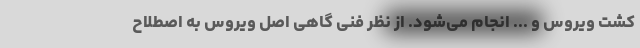
کِشت ویروس و ... انجام می‌شود. از نظر فنی گاهی اصل ویروس به اصطلاح